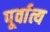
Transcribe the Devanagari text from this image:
पूर्वात्य